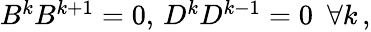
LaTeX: \begin{array}{r}{B^{k}B^{k+1}=0,\, D^{k}D^{k-1}=0\ \ \forall k\, ,}\end{array}